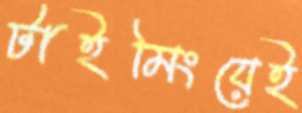
টাইমিংয়েই